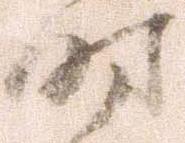
時